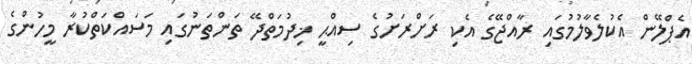
އެޕްލޭން އެކުލެވާލުމުގައި ރާއްޖޭގެ އެކި ރަށްރަށުގެ ސިއްޙީ ޚިދުމަތްދޭ ތަންތަނުގައި މަސައްކަތްކުރާ މީހުންގެ